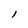
Character: l